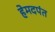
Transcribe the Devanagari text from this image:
हेमदपंत